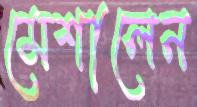
মেশালেন